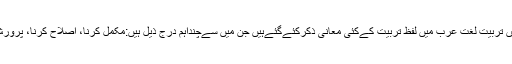
لغت میں تربیّت لغتِ عرب میں لفظِ تربیّت کےکئی معانی ذکرکئےگئےہیں جن میں سےچنداہم درج ذیل ہیں:مکمل کرنا، اصلاح کرنا، پرورش کرنا۔